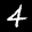
Label: 4